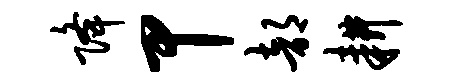
降甲部耕